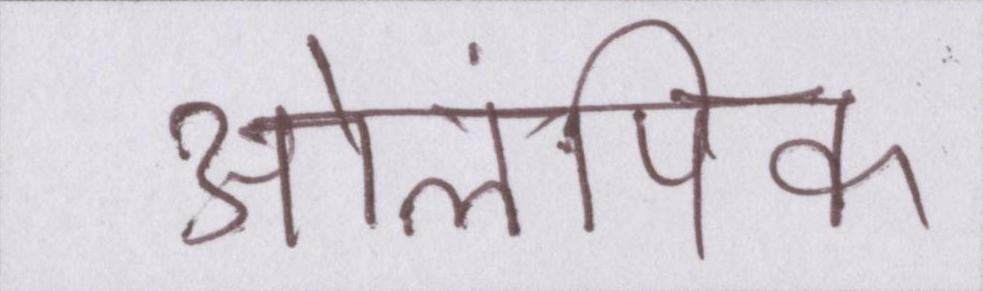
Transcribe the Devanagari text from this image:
ओलंपिक